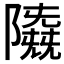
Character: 𱀲